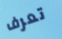
تعرف